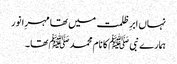
نہاں ابرِ ظلمت میں تھا مہرِا نور
ہمارے نبی ﷺ کا نام محمد ﷺ تھا ۔